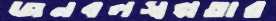
জনবলস্বল্পতার